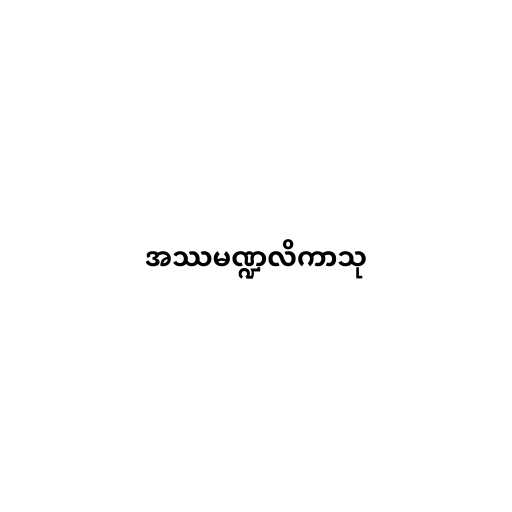
အဿမဏ္ဍလိကာသု